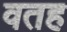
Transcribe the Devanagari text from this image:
वतह